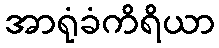
အာရုံခံကိရိယာ